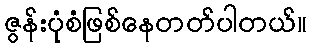
ဇွန်းပုံစံဖြစ်နေတတ်ပါတယ်။